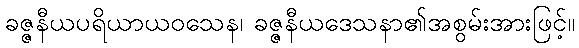
ခဇ္ဇနီယပရိယာယဝသေန၊ ခဇ္ဇနီယဒေသနာ၏အစွမ်းအားဖြင့်။